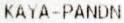
KAYA-PANDN